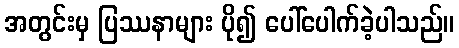
အတွင်းမှ ပြဿနာများ ပို၍ ပေါ်ပေါက်ခဲ့ပါသည်။